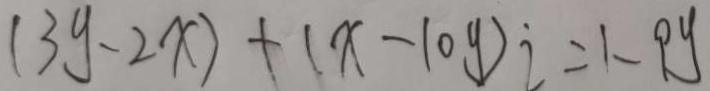
( 3 y - 2 x ) + ( x - 1 0 y ) = 1 - 9 y